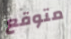
متوقع